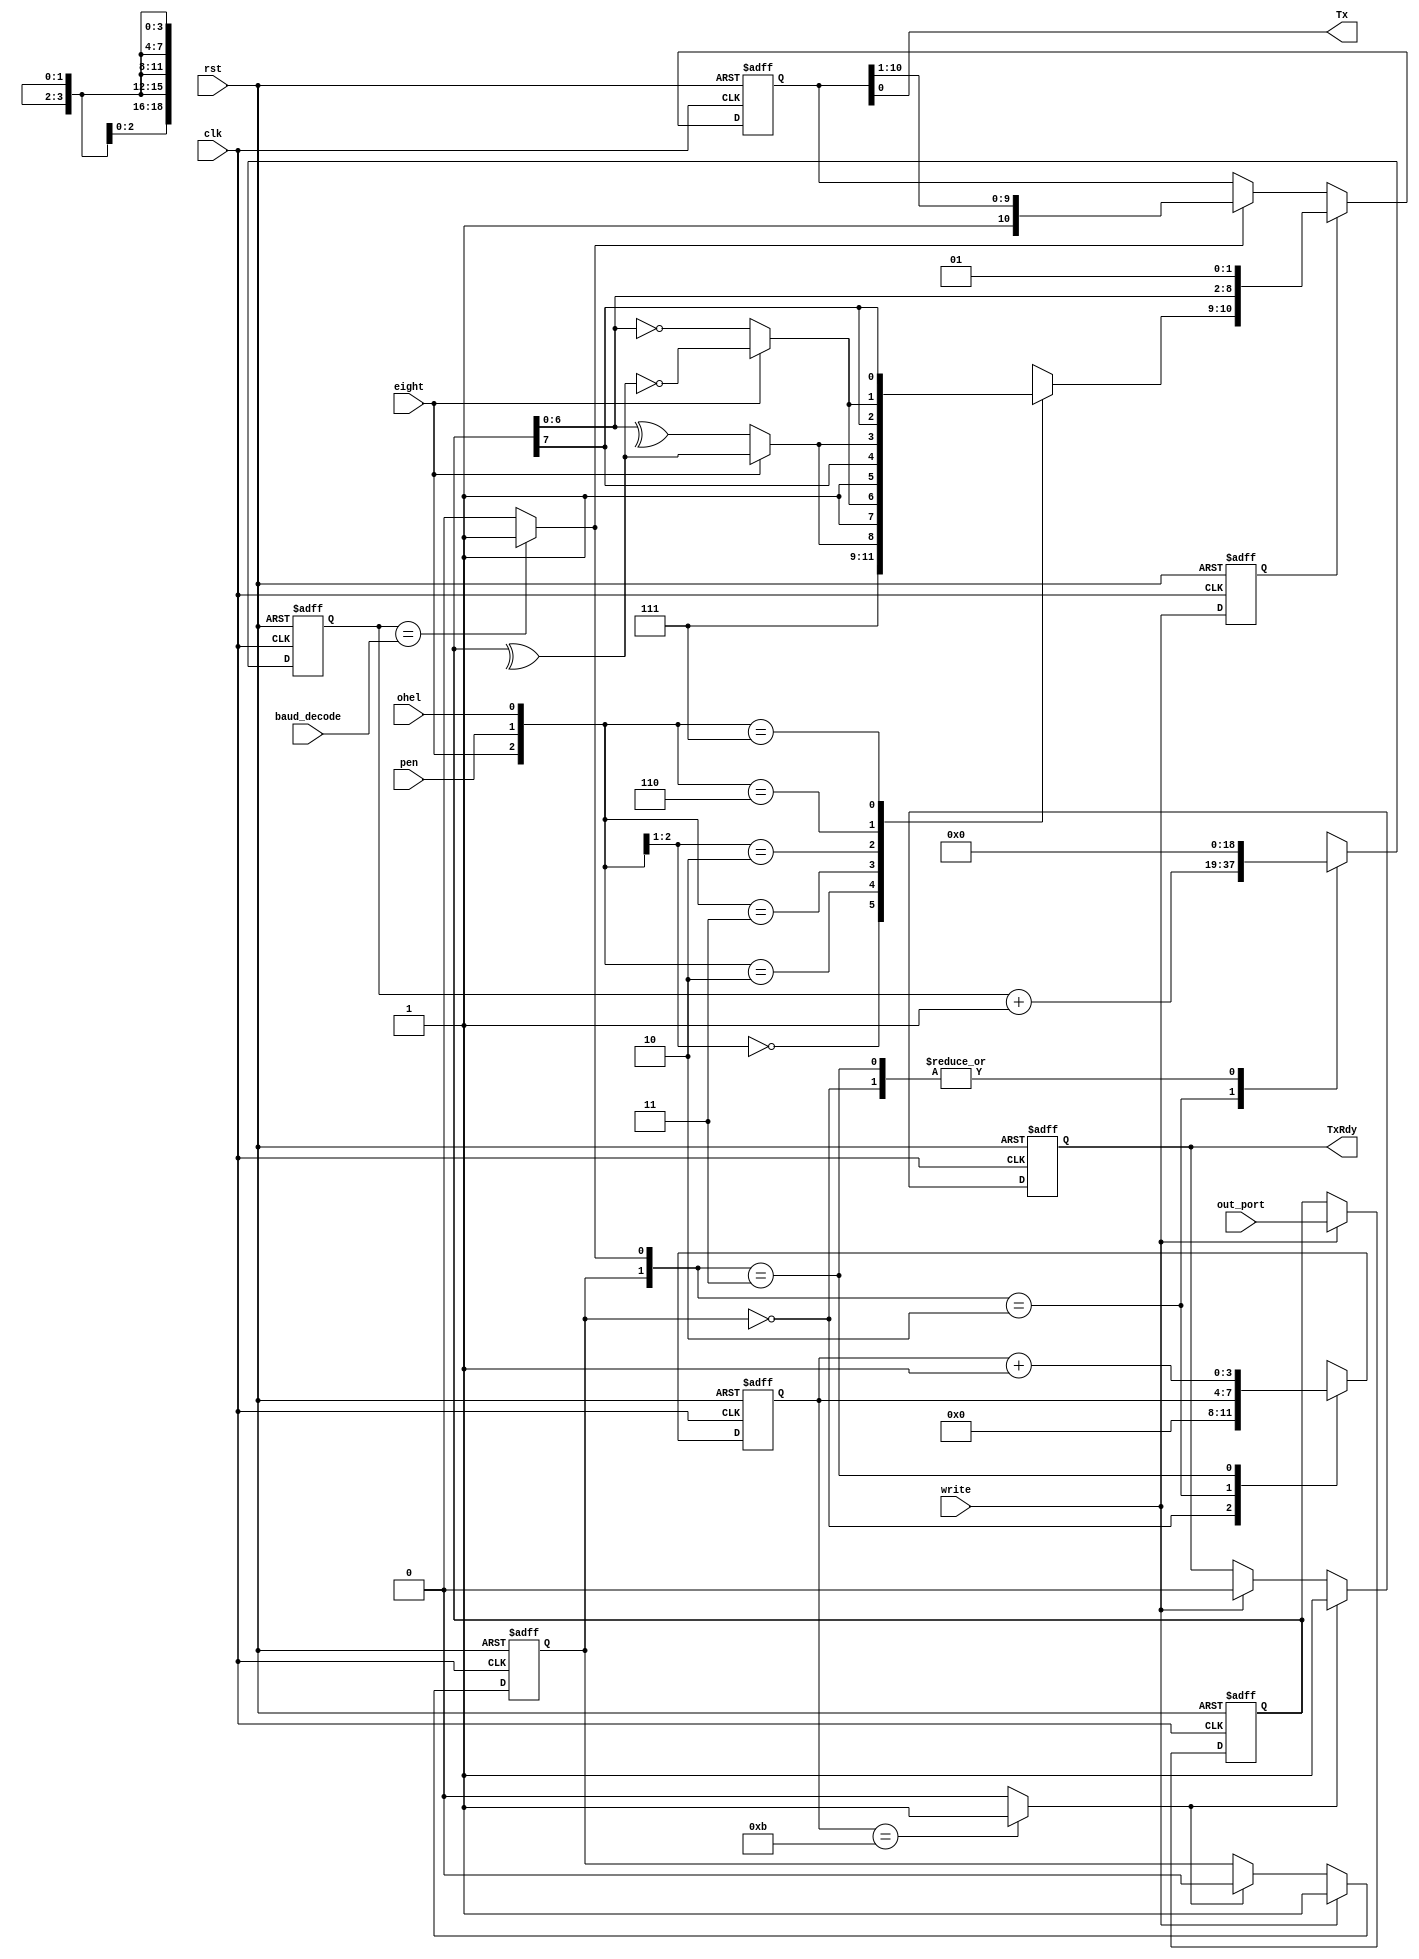
`timescale 1ns / 1ps
//***************************************************************//
//                                                               // 
//  Created by       Nguyen Doan on 2/28/2020	                 //
//  Copyright @ 2020 Nguyen Doan. All rights reserved,           //
//                                                               //    
//                                                               // 
//  In submiting this file for class work ar CSULB               //
//  I am confirming that this is my work and the work        	 //
//  of no one else. In submitting this code I acknowledge that   //
//  plagiarism in student project work is subject to dismissal 	 //
//  from the class                                               //    
//***************************************************************//

module transmit_engine(clk, rst, write, out_port, eight, pen, ohel, 
		       baud_decode, TxRdy, Tx);
    input           clk, rst; 
    input           write, eight, pen, ohel;
    input  [18:0]   baud_decode;
    input   [7:0]   out_port; 
    output          TxRdy, Tx;
    
    reg             TxRdy, doit;
    reg    [18:0]   count, n_count;
    reg     [3:0]   bit_count, n_bit_count;
    reg     [7:0]   out_port_reg;
    reg             write_reg;
    reg             b9, b10;
    reg    [10:0]   shift_reg;
    
    wire            done, btu;
    wire            EP, OP;
    
    // SR flop for TxRdy
    always @(posedge rst, posedge clk)
        if (rst) 
            TxRdy <= 1'b1;
        else if (done == 1'b1)
            TxRdy <= 1'b1;
        else if (write == 1'b1) 
            TxRdy <= 1'b0;
        else    
            TxRdy <= TxRdy;
   
    // SR flop for doit         
    always @(posedge rst, posedge clk)
        if (rst) 
            doit <= 1'b0;
        else if (write == 1'b1)
            doit <= 1'b1;
        else if (done == 1'b1) 
            doit <= 1'b0;
        else    
            doit <= doit;
            
    // Bit time counter
    always @(posedge rst, posedge clk)
        if(rst)             
            count <= 19'b0;
        else    
            count <= n_count; 
 
    always @(*)
        casex ({doit,btu})
            2'b0?:      n_count = 19'b0;
            2'b10:      n_count = count + 1;
            2'b11:      n_count = 19'b0;
            default:    n_count = 19'b0;
        endcase
    
    assign btu = (count == baud_decode)? 1'b1 : 1'b0;
  
  
    // Bits counter
    always @(posedge rst, posedge clk)
        if(rst)             
            bit_count <= 4'b0;
        else    
            bit_count <= n_bit_count; 
 
    always @(*)
        casex ({doit,btu})
            2'b0?:      n_bit_count = 4'b0;
            2'b10:      n_bit_count = bit_count;
            2'b11:      n_bit_count = bit_count + 1;
            default:    n_bit_count = 4'b0;
        endcase
    
    assign done = (bit_count == 4'd11)? 1'b1 : 1'b0;  
    
    // loadable register for out_port 
    always @(posedge clk, posedge rst) 
        if(rst)
            out_port_reg <= 8'b0;
        else if (write)
            out_port_reg <= out_port; 
        else 
            out_port_reg <= out_port_reg; 
      
    // flop to hold write signal one more clock 
    
    always @(posedge clk, posedge rst)
        if(rst)
            write_reg <= 1'b0;
        else
            write_reg <= write;
            
    // Decoder for bit10 and bit9
    always @(*)
        casex({eight,pen,ohel})
            3'b00?:  {b10,b9} = 2'b11;
            3'b010:  {b10,b9} = {1'b1,EP};
            3'b011:  {b10,b9} = {1'b1,OP};
            3'b10?:  {b10,b9} = {1'b1, out_port_reg[7]};
            3'b110:  {b10,b9} = {EP, out_port_reg[7]};
            3'b111:  {b10,b9} = {OP, out_port_reg[7]};
            default: {b10,b9} = 2'b11;
        endcase
    
    // Parity bit 
    assign EP = eight? ^out_port_reg : ^out_port_reg[6:0];
    assign OP = eight? !(^out_port_reg) : !(out_port_reg[6:0]);
    
    // Shift register
    always @(posedge clk, posedge rst) 
        if(rst)
            shift_reg <= 11'h7FF;
        else if (write_reg) 
            shift_reg <= {b10,b9,out_port_reg[6:0],1'b0,1'b1};
        else if (btu)
            shift_reg <= {1'b1,shift_reg[10:1]};
        else 
            shift_reg <= shift_reg; 
             
    assign Tx = shift_reg[0];
    
endmodule